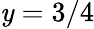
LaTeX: \mathit{y}=3/4